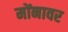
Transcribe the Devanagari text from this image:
मोंनावर